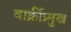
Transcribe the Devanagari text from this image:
वार्क्रीप्र्मुख